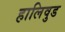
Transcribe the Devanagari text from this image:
हालिवुड